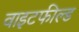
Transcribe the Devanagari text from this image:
वाइटफील्ड